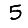
Digit: 5